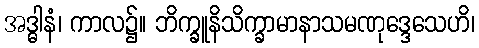
အဒ္ဓါနံ၊ ကာလ၌။ ဘိက္ခူနိသိက္ခာမာနာသမဏုဒ္ဒေသေဟိ၊